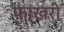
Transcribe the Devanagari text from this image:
फाखरी